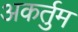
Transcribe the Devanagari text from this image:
अकर्तुम